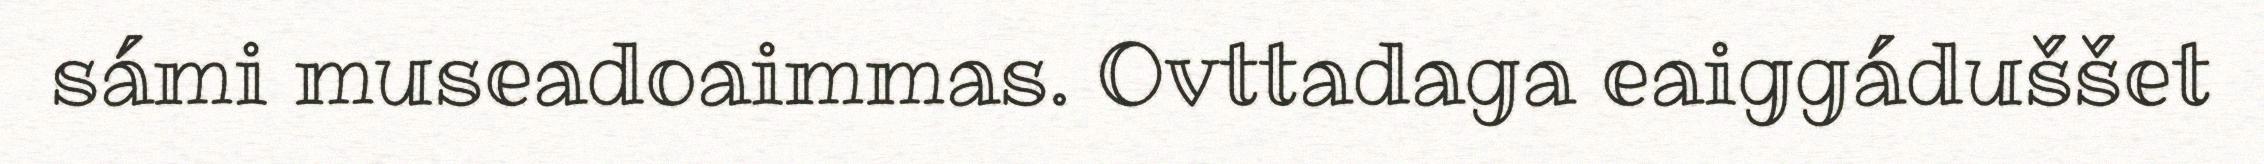
sámi museadoaimmas. Ovttadaga eaiggáduššet